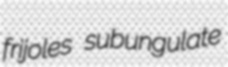
frijoles subungulate